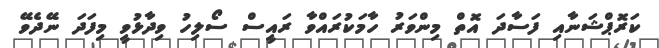
ކަރޮޕްޝަނާއި ފަސާދަ އޮތް މިންވަރު ހާމަކުރައްވާ ރައީސް ސޯލިހު ވިދާޅުވީ މިފަދަ ނޭދެވޭ